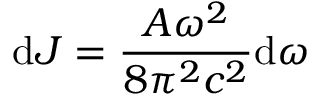
\mathrm { d } J = \frac { A \omega ^ { 2 } } { 8 \pi ^ { 2 } c ^ { 2 } } \mathrm { d } \omega